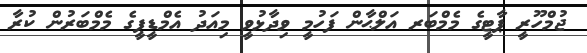
ޖުމްހޫރީ ޕާޓީގެ މެމްބަރ އަލްޙާން ފަހުމީ ވިދާޅުވީ މިއަދު އެމްޑީޕީގެ މެމްބަރުން ކުރާ